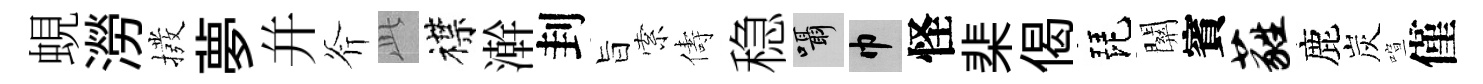
蜆澇撥夢幷斧𬼘襟澣刲旨索儔稳囁巾怪棐偈琵關賓蕤鹿炭喧僅